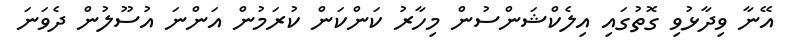
އޭނާ ވިދާޅުވި ގޮތުގައި އިލެކްޝަންސުން މިހާރު ކަންކަން ކުރަމުން އަންނަ އުސޫލުން ދެވަނަ